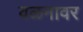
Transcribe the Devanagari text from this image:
वळनावर